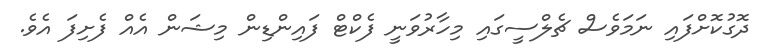
ދޮގުކޮށްފައި ނަމަވެސް ޗެލްސީގައި މިހާރުވަނީ ފެކްޓް ފައިންޑިން މިޝަން އެއް ފެށިފަ އެވެ.